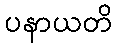
ပနာယတိ